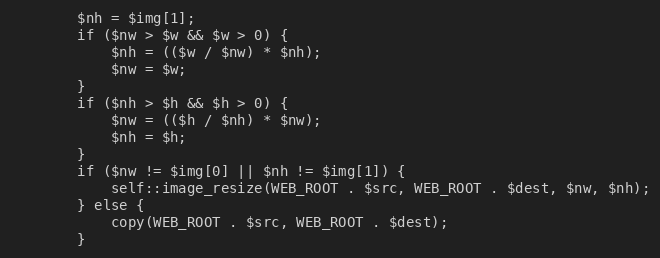
Language: PHP
        $nh = $img[1];
        if ($nw > $w && $w > 0) {
            $nh = (($w / $nw) * $nh);
            $nw = $w;
        }
        if ($nh > $h && $h > 0) {
            $nw = (($h / $nh) * $nw);
            $nh = $h;
        }
        if ($nw != $img[0] || $nh != $img[1]) {
            self::image_resize(WEB_ROOT . $src, WEB_ROOT . $dest, $nw, $nh);
        } else {
            copy(WEB_ROOT . $src, WEB_ROOT . $dest);
        }